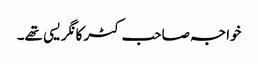
خواجہ صاحب کٹر کانگریسی تھے۔